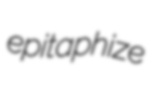
epitaphize